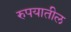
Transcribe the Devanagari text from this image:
रुपयातील